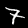
Digit: 7